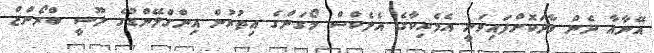
އޭނާއާ ދެން ވާދަކޮށްފައިވަނީ އެމެރިކާގެ އެލެކްސް މޯގަންގެ އިތުރުން އިންގްލޭންޑުގެ ލޫސީ ބްރޯންޒް